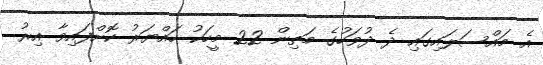
އެ މައްސަލައިގައި ދެ ދުވަހުގެ މަތިން 22 މީހަކު ހައްޔަރު ކޮށްފައިވާ އިރު